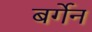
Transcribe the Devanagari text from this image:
बर्गेन